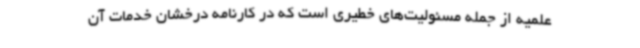
علمیه از جمله مسئولیت‌های خطیری است که در کارنامه درخشان خدمات آن